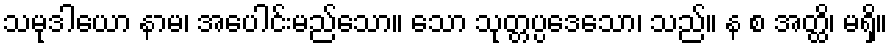
သမုဒါယော နာမ၊ အပေါင်းမည်သော။ သော သုတ္တပ္ပဒေသော၊ သည်။ န စ အတ္ထိ၊ မရှိ။